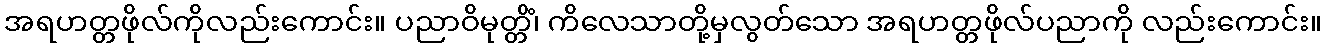
အရဟတ္တဖိုလ်ကိုလည်းကောင်း။ ပညာဝိမုတ္တိံ၊ ကိလေသာတို့မှလွတ်သော အရဟတ္တဖိုလ်ပညာကို လည်းကောင်း။